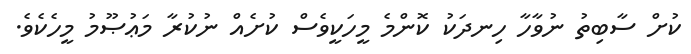
ކުށް ސާބިތު ނުވާހާ ހިނދަކު ކޮންމެ މީހަކީވެސް ކުށެއް ނުކުރާ މަޢުޞޫމު މީހެކެވެ.